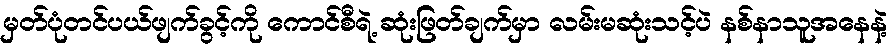
မှတ်ပုံတင်ပယ်ဖျက်ခွင့်ကို ကောင်စီရဲ့ ဆုံးဖြတ်ချက်မှာ လမ်းမဆုံးသင့်ပဲ နစ်နာသူအနေနဲ့